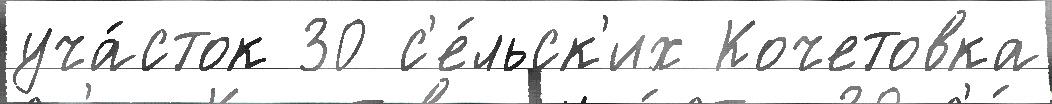
уча́сток 30 с'е́льск'их Кочетовка